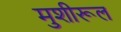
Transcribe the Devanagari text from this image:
मुशीरूल